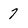
Character: 7